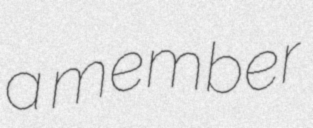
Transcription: a member